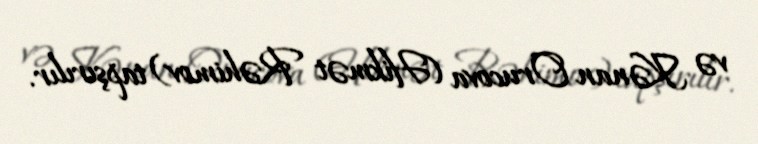
və Kənan Orucova (Hikmət Rəhimov) tapşırılır.